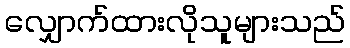
လျှောက်ထားလိုသူများသည်